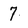
Character: 7